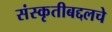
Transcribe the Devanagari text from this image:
संस्कृतीबद्दलचे